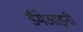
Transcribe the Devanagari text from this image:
डैमेआइनी